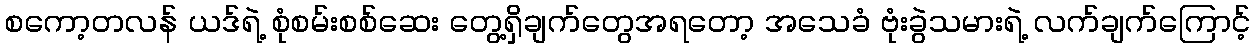
စကော့တလန် ယဒ်ရဲ့ စုံစမ်းစစ်ဆေး တွေ့ရှိချက်တွေအရတော့ အသေခံ ဗုံးခွဲသမားရဲ့ လက်ချက်ကြောင့်